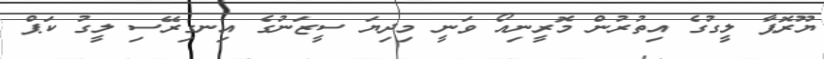
ޔޫރޮޕާ ލީގުގެ އިތުރުން މޮރީނިއޯ ވަނީ މިދިޔަ ސީޒަނުގެ އިނގިރޭސި ލީގު ކަޕް